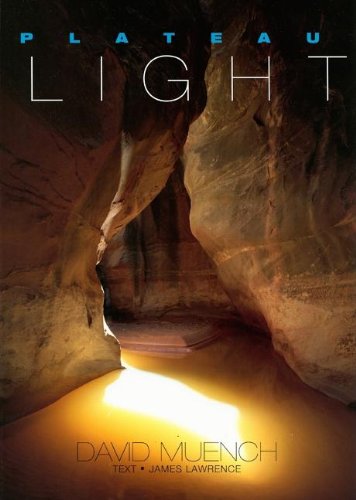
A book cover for Plateau Light; James Lawrence; Travel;